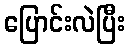
ပြောင်းလဲပြီး